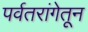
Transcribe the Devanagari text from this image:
पर्वतरांगेतून